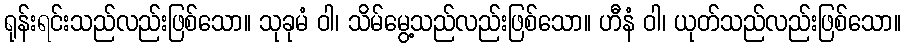
ရုန်းရင်းသည်လည်းဖြစ်သော။ သုခုမံ ဝါ၊ သိမ်မွေ့သည်လည်းဖြစ်သော။ ဟီနံ ဝါ၊ ယုတ်သည်လည်းဖြစ်သော။